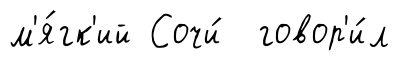
м'я́гк'ий Сочи́ говор'и́л